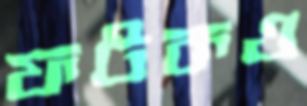
ফটকও